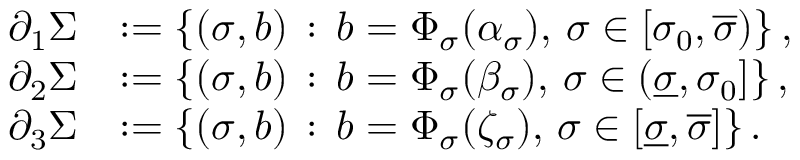
\begin{array} { r l } { \partial _ { 1 } \Sigma } & { : = \left\{ ( \sigma , b ) \, : \, b = \Phi _ { \sigma } ( \alpha _ { \sigma } ) , \, \sigma \in [ \sigma _ { 0 } , \overline { \sigma } ) \right\} , } \\ { \partial _ { 2 } \Sigma } & { : = \left\{ ( \sigma , b ) \, : \, b = \Phi _ { \sigma } ( \beta _ { \sigma } ) , \, \sigma \in ( \underline { \sigma } , \sigma _ { 0 } ] \right\} , } \\ { \partial _ { 3 } \Sigma } & { : = \left\{ ( \sigma , b ) \, : \, b = \Phi _ { \sigma } ( \zeta _ { \sigma } ) , \, \sigma \in [ \underline { \sigma } , \overline { \sigma } ] \right\} . } \end{array}